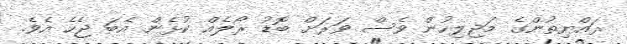
ރައްޔިތުންގެ މަޖިލިހުން ވެސް ވަރަށް ބޮޑު ރޯލެއް ކުޅެން އެބަ ޖެހެ އެވެ.